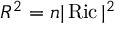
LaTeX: R ^ { 2 } = n | \operatorname { R i c } | ^ { 2 }